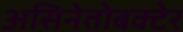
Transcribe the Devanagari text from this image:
असिनेतोबक्टेर